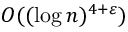
O ( ( \log n ) ^ { 4 + \varepsilon } )